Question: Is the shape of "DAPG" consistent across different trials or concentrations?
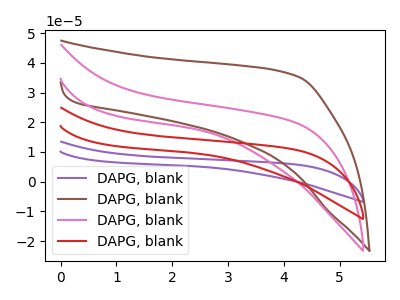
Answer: <think>The purple curve "DAPG, blank1" has no peaks. The brown curve "DAPG, blank2" has no peaks. The pink curve "DAPG, blank3" has no peaks. The red curve "DAPG, blank4" has no peaks.
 Neither "DAPG, blank1" or "DAPG, blank2" have any peaks. Neither "DAPG, blank1" or "DAPG, blank3" have any peaks. Neither "DAPG, blank1" or "DAPG, blank4" have any peaks. Neither "DAPG, blank2" or "DAPG, blank3" have any peaks. Neither "DAPG, blank2" or "DAPG, blank4" have any peaks. Neither "DAPG, blank3" or "DAPG, blank4" have any peaks.</think>
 <answer>All the CV's of "DAPG" have similar shape.</answer>
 <eval>follow_rule</eval>